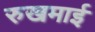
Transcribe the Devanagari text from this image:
रुखमाई